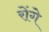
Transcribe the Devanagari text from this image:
रोंगे